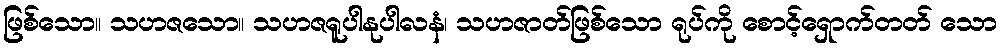
ဖြစ်သော။ သဟဇသော။ သဟဇရူပါနုပါလနံ၊ သဟဇာတ်ဖြစ်သော ရုပ်ကို စောင့်ရှောက်တတ် သော